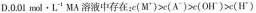
D.001mal \cdot L^{-1}MA溶液中存在：$$c(M^{+})>c(A^{-})>c(0H^{-})>c(H^{+})$$